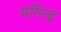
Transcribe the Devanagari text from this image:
मनिन्द्र